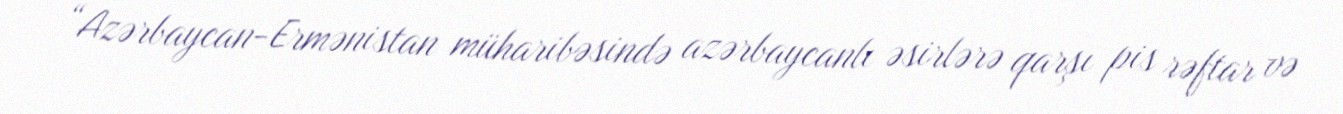
“Azərbaycan-Ermənistan müharibəsində azərbaycanlı əsirlərə qarşı pis rəftar və